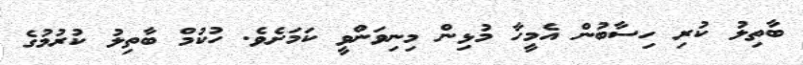
ބާތިލު ކުރި ހިސާބުން އެމީހާ މުޅިން މިނިވަންވީ ކަމަށެވެ. ހުކުމް ބާތިލު ކުރުމުގެ